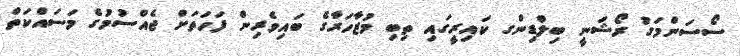
ސޯސަންމަގު ރޯޝަނީ ބިލްޑިންގ ކައިރީގައި ތިބި މުޒާހަރާގެ ބައިވެރިން ފަހަތަށް ޖެއްސުމުގެ މަސައްކަތް